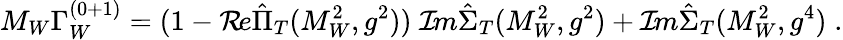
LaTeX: M_{W}\Gamma_{W}^{(0+1)}=(1-{\cal R}\! e\hat{\Pi}_{T}(M_{W}^{2},g^{2}))\; {\cal I}\! m\hat{\Sigma}_{T}(M_{W}^{2},g^{2})+{\cal I}\! m\hat{\Sigma}_{T}(M_{W}^{2},g^{4})\; .